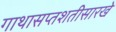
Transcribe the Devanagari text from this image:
गाथासप्तशतीसारखे